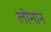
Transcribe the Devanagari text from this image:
लोमान